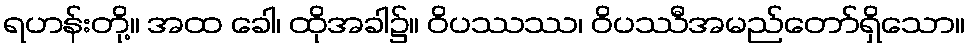
ရဟန်းတို့။ အထ ခေါ၊ ထိုအခါ၌။ ဝိပဿဿ၊ ဝိပဿီအမည်တော်ရှိသော။